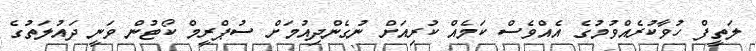
ލަތީފް ހުވާކުރެއްވުމުގެ އެއްވެސް ކަމެއް ކުރިއަށް ނުގެންދިއުމަށް ސުޕްރީމް ކޯޓުން ވަނީ ދައުލަތުގެ